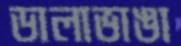
ডালাভাঙা